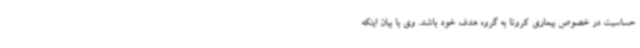
حساسیت در خصوص بیماری کرونا به گروه هدف خود باشد. وی با بیان اینکه